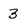
Character: 3